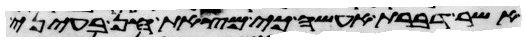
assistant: אשר דברת אעשה כי מצאת חן בעיני